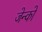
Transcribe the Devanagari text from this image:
जेन्को